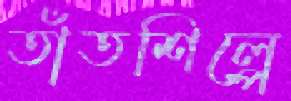
তাঁতশিল্পে